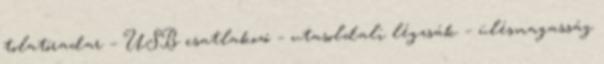
tolatóradar – USB csatlakozó – utasoldali légzsák – ülésmagasság